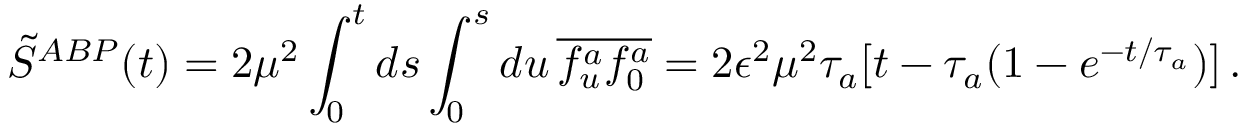
{ \cal \tilde { S } } ^ { A B P } ( t ) = 2 \mu ^ { 2 } \int _ { 0 } ^ { t } d s \int _ { 0 } ^ { s } d u \, \overline { { f _ { u } ^ { a } f _ { 0 } ^ { a } } } = 2 \epsilon ^ { 2 } \mu ^ { 2 } \tau _ { a } [ t - \tau _ { a } ( 1 - e ^ { - t / \tau _ { a } } ) ] \, .